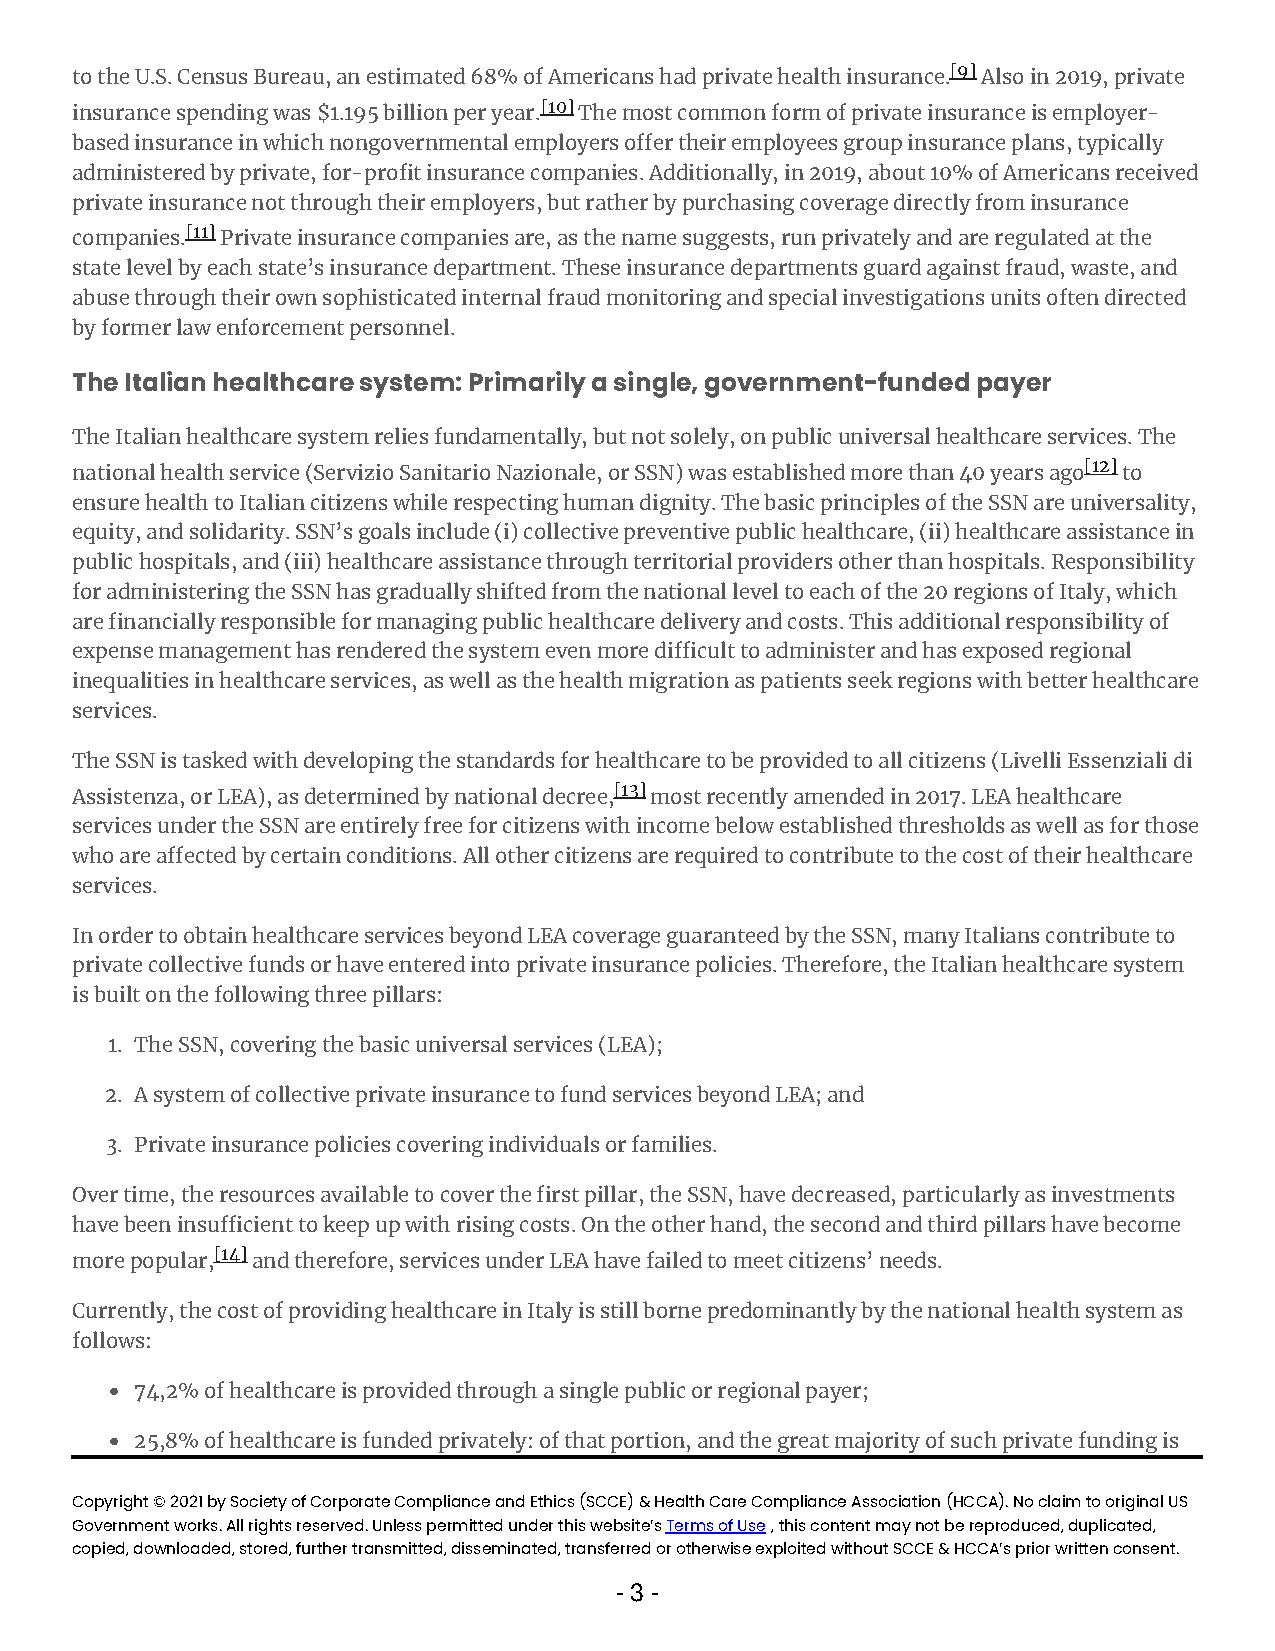
to the U.S. Census Bureau, an estimated 68% of Americans had private health insurance.[9] Also in 2019, private
 insurance spending was $1.195 billion per year.[10] The most common form of private insurance is employer-
 based insurance in which nongovernmental employers offer their employees group insurance plans, typically
 administered by private, for-profit insurance companies. Additionally, in 2019, about 10% of Americans received
 private insurance not through their employers, but rather by purchasing coverage directly from insurance
 companies.[11] Private insurance companies are, as the name suggests, run privately and are regulated at the
 state level by each state’s insurance department. These insurance departments guard against fraud, waste, and
 abuse through their own sophisticated internal fraud monitoring and special investigations units often directed
 by former law enforcement personnel.
 The Italian healthcare system: Primarily a single, government-funded payer
 The Italian healthcare system relies fundamentally, but not solely, on public universal healthcare services. The
 national health service (Servizio Sanitario Nazionale, or SSN) was established more than 40 years ago[12] to
 ensure health to Italian citizens while respecting human dignity. The basic principles of the SSN are universality,
 equity, and solidarity. SSN’s goals include (i) collective preventive public healthcare, (ii) healthcare assistance in
 public hospitals, and (iii) healthcare assistance through territorial providers other than hospitals. Responsibility
 for administering the SSN has gradually shifted from the national level to each of the 20 regions of Italy, which
 are financially responsible for managing public healthcare delivery and costs. This additional responsibility of
 expense management has rendered the system even more difficult to administer and has exposed regional
 inequalities in healthcare services, as well as the health migration as patients seek regions with better healthcare
 services.
 The SSN is tasked with developing the standards for healthcare to be provided to all citizens (Livelli Essenziali di
 Assistenza, or LEA), as determined by national decree,[13] most recently amended in 2017. LEA healthcare
 services under the SSN are entirely free for citizens with income below established thresholds as well as for those
 who are affected by certain conditions. All other citizens are required to contribute to the cost of their healthcare
 services.
 In order to obtain healthcare services beyond LEA coverage guaranteed by the SSN, many Italians contribute to
 private collective funds or have entered into private insurance policies. Therefore, the Italian healthcare system
 is built on the following three pillars:
 1. The SSN, covering the basic universal services (LEA);
 2. A system of collective private insurance to fund services beyond LEA; and
 3. Private insurance policies covering individuals or families.
 Over time, the resources available to cover the first pillar, the SSN, have decreased, particularly as investments
 have been insufficient to keep up with rising costs. On the other hand, the second and third pillars have become
 more popular,[14] and therefore, services under LEA have failed to meet citizens’ needs.
 Currently, the cost of providing healthcare in Italy is still borne predominantly by the national health system as
 follows:
 74,2% of healthcare is provided through a single public or regional payer;
 25,8% of healthcare is funded privately: of that portion, and the great majority of such private funding is
 Copyright © 2021 by Society of Corporate Compliance and Ethics (SCCE) & Health Care Compliance Association (HCCA). No claim to original US
 Government works. All rights reserved. Unless permitted under this website’s Terms of Use , this content may not be reproduced, duplicated,
 copied, downloaded, stored, further transmitted, disseminated, transferred or otherwise exploited without SCCE & HCCA’s prior written consent.
 - 3 -